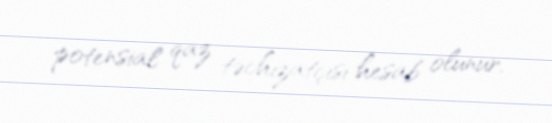
potensial qaz təchizatçısı hesab olunur.